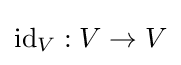
\mathrm {id} _{V}:V\to V